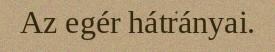
Az egér hátrányai.